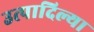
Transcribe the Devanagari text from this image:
उत्पादिल्या